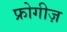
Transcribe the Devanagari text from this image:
फ्रोगीज़